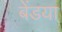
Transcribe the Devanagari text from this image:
बेंडया